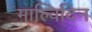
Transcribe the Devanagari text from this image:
माल्विदिन